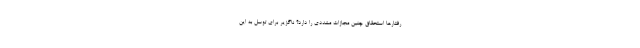
رفتارها استحقاق چنین مجازات مشددی را دارد؟ ناگزیر برای توسل به این